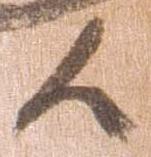
候